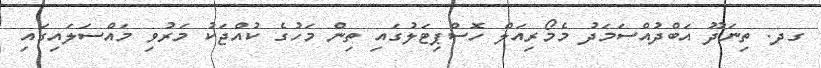
ގދ. ތިނަދޫ އަބްދުއްސަމަދު މެމޯރިއަލް ހޮސްޕިޓަލުގައި ތިން މަހުގެ ކުއްޖަކު މަރުވި މައްސަލައިގައި